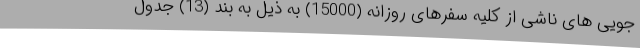
جویی های ناشی از کلیه سفرهای روزانه (15000) به ذیل به بند (13) جدول